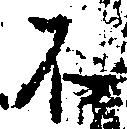
不